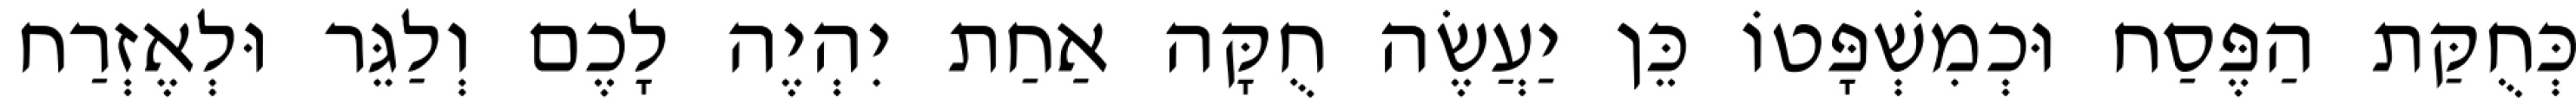
כְּחֻקַּת הַפֶּסַח וּכְמִשְׁפָּטוֹ כֵּן יַעֲשֶׂה חֻקָּה אַחַת יִהְיֶה לָכֶם וְלַגֵּר וּלְאֶזְרַח